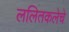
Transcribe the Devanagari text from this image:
ललितकलेचे